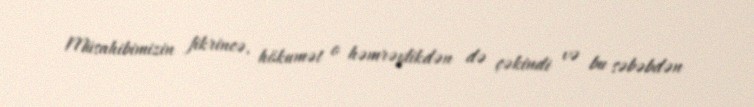
Müsahibimizin fikrincə, hökumət o həmrəylikdən də çəkindi və bu səbəbdən